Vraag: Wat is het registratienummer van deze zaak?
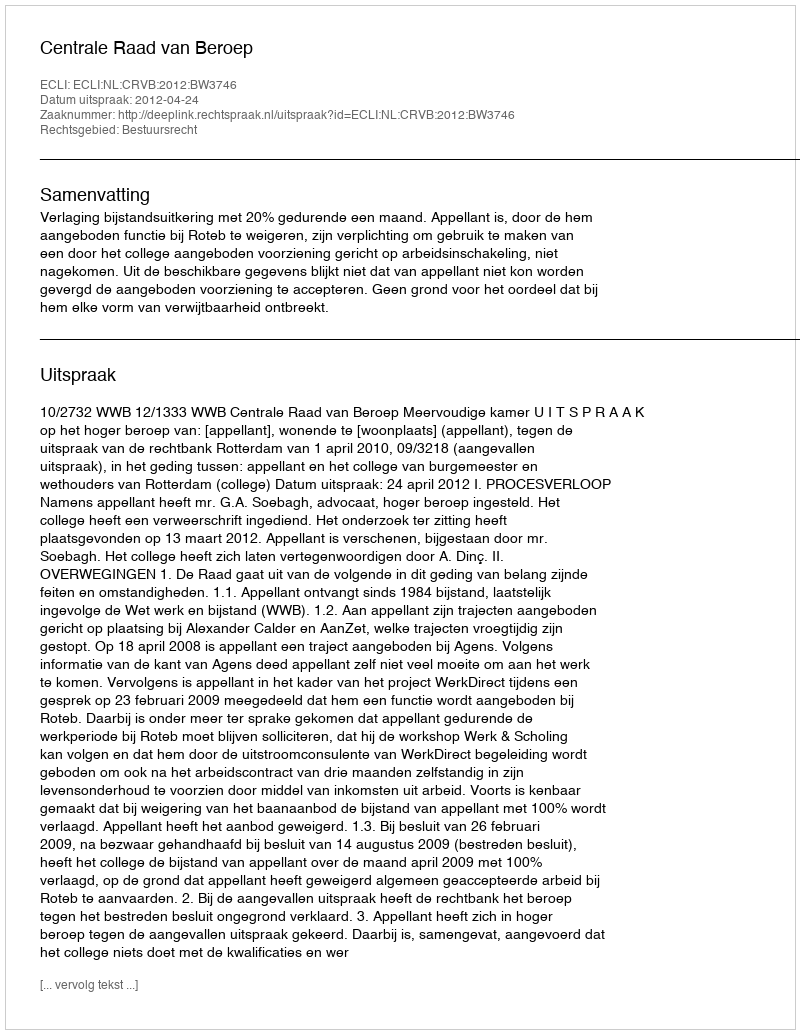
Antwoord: http://deeplink.rechtspraak.nl/uitspraak?id=ECLI:NL:CRVB:2012:BW3746